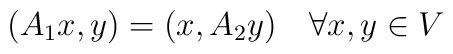
(A_1x,y)=(x,A_2y)\quad \forall x,y\in V